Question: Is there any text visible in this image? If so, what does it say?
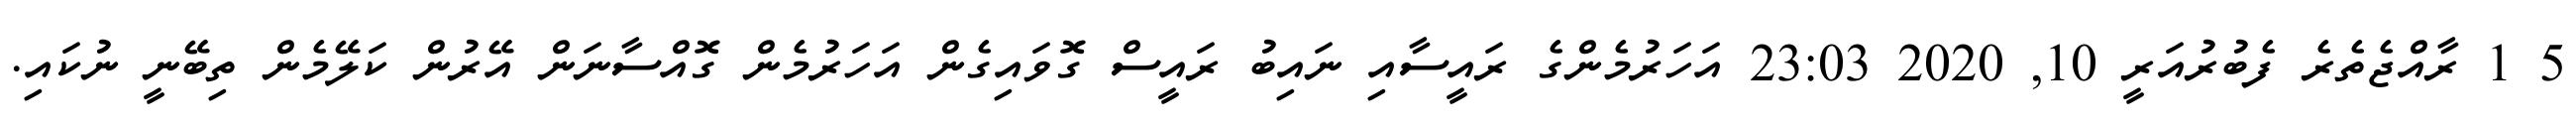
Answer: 5 1 ރާއްޖެތެރެ ފެބުރުއަރީ 10, 2020 23:03 އަހަރުމެންގެ ރައީސާއި ނައިބު ރައީސް ގޮވައިގެން އަހަރުމެން ގޮއްސާނަން އޭރުން ކަލޭމެން ތިބޭނީ ނުކައި.